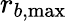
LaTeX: r_{b,\mathrm{max}}